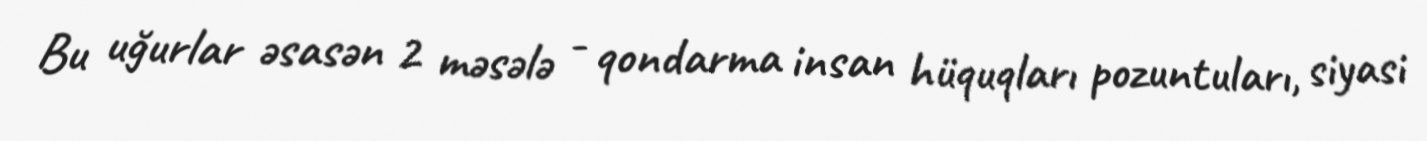
Bu uğurlar əsasən 2 məsələ - qondarma insan hüquqları pozuntuları, siyasi